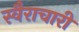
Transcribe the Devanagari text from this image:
स्वैराचारी